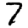
Digit: 7